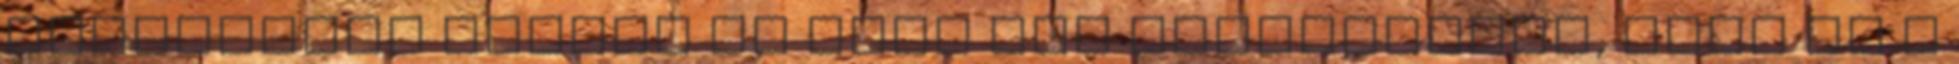
sikerekben gazdag új évet Sok szeretettel, Ildi és a